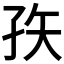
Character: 𰌣